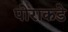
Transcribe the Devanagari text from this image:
पोराकडे